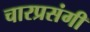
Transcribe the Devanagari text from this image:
चारप्रसंगी